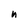
Character: n